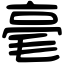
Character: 毫